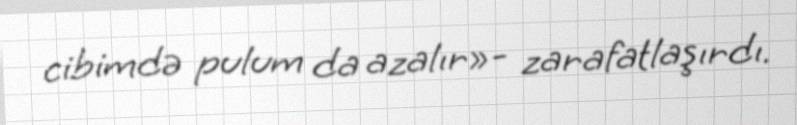
cibimdə pulum da azalır»- zarafatlaşırdı.